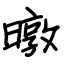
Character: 暾